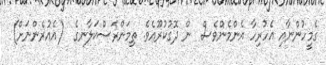
ގެމީހުންނާއި އެހުރިހާ އެންމެންވެސް  ން ދޮގުކުރޫއެވެ. ތިމަންރަސްކަލާނގެ  (އެއުރެންނަށް)